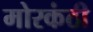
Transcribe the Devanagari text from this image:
मोरकंठी